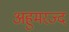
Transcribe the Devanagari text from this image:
अहुमरज्द